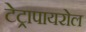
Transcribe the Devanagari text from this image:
टेट्रापायरोल